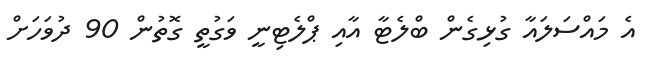
އެ މައްސަލައާ ގުޅިގެން ބްލެޓާ އާއި ޕްލެޓިނީ ވަގުތީ ގޮތުން 90 ދުވަހަށް